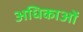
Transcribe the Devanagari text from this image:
अधिकाओं